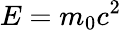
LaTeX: E=m_{0}c^{2}